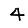
Digit: 4